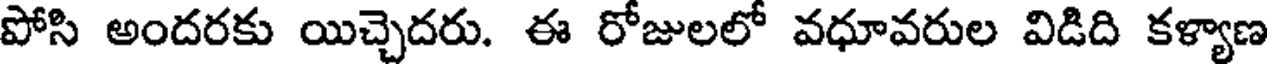
పోసి అందరకు యిచ్చెదరు. ఈ రోజులలో వధూవరుల విడిది కళ్యాణ